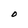
Character: O